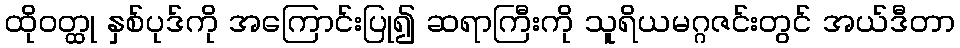
ထိုဝတ္ထု နှစ်ပုဒ်ကို အကြောင်းပြု၍ ဆရာကြီးကို သူရိယမဂ္ဂဇင်းတွင် အယ်ဒီတာ